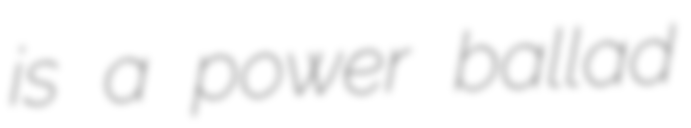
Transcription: is a power ballad